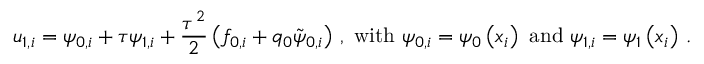
{ u } _ { 1 , i } = { \psi } _ { 0 , i } + { \tau } { \psi } _ { 1 , i } + \frac { { \tau } ^ { 2 } } { 2 } \left( { f } _ { 0 , i } + { q } _ { 0 } \tilde { \psi } _ { 0 , i } \right) \, , \ \mathrm { w i t h } \ { \psi } _ { 0 , i } = { \psi } _ { 0 } \left( { x } _ { i } \right) \ \mathrm { a n d } \ { \psi } _ { 1 , i } = { \psi } _ { 1 } \left( { x } _ { i } \right) \, .